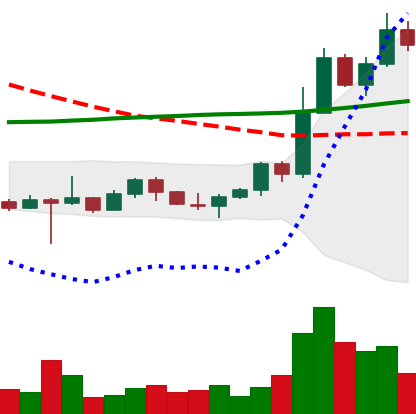
Ticker: ETH-USD
Chart end date: 2022-10-30
Forward return: 3.414%
Label: up_3_5